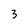
Character: 3